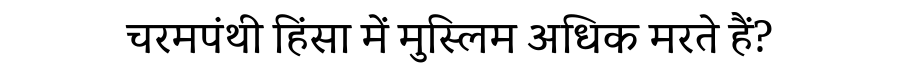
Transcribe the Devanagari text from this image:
चरमपंथी हिंसा में मुस्लिम अधिक मरते हैं?